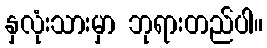
နှလုံးသားမှာ ဘုရားတည်ပါ။